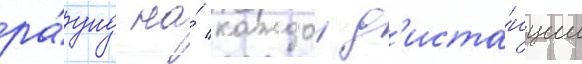
ра́унд на́ каждои д'иста́нции